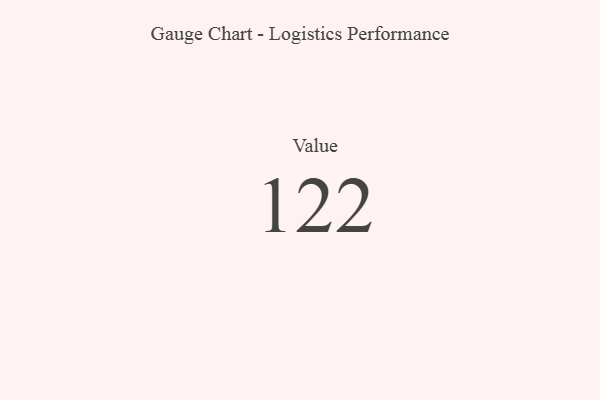
{"axis": {"x": "Metric", "y": "Value"}, "legend": [""], "data": [{"x": "Value", "y": 122, "type": ""}]}